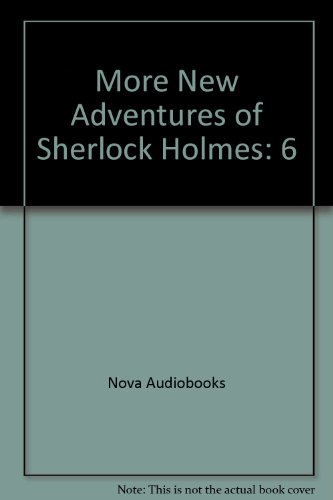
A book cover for More. . . Sherlock Holmes: Vol. 6 (Sherlock Holmes Series); Anthony Boucher; Humor & Entertainment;